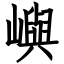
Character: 嶼